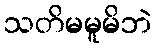
သတိမမူမိဘဲ